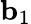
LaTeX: {\mathbf b}_{1}